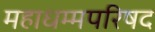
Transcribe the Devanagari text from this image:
महाधम्मपरिषद